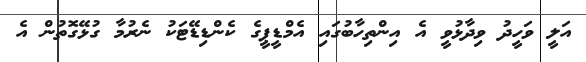
އަލީ ވަހީދު ވިދާޅުވީ އެ އިންތިހާބުގައި އެމްޑީޕީގެ ކެންޑިޑޭޓަކު ނެރުމާ ގުޅޭގޮތުން އެ